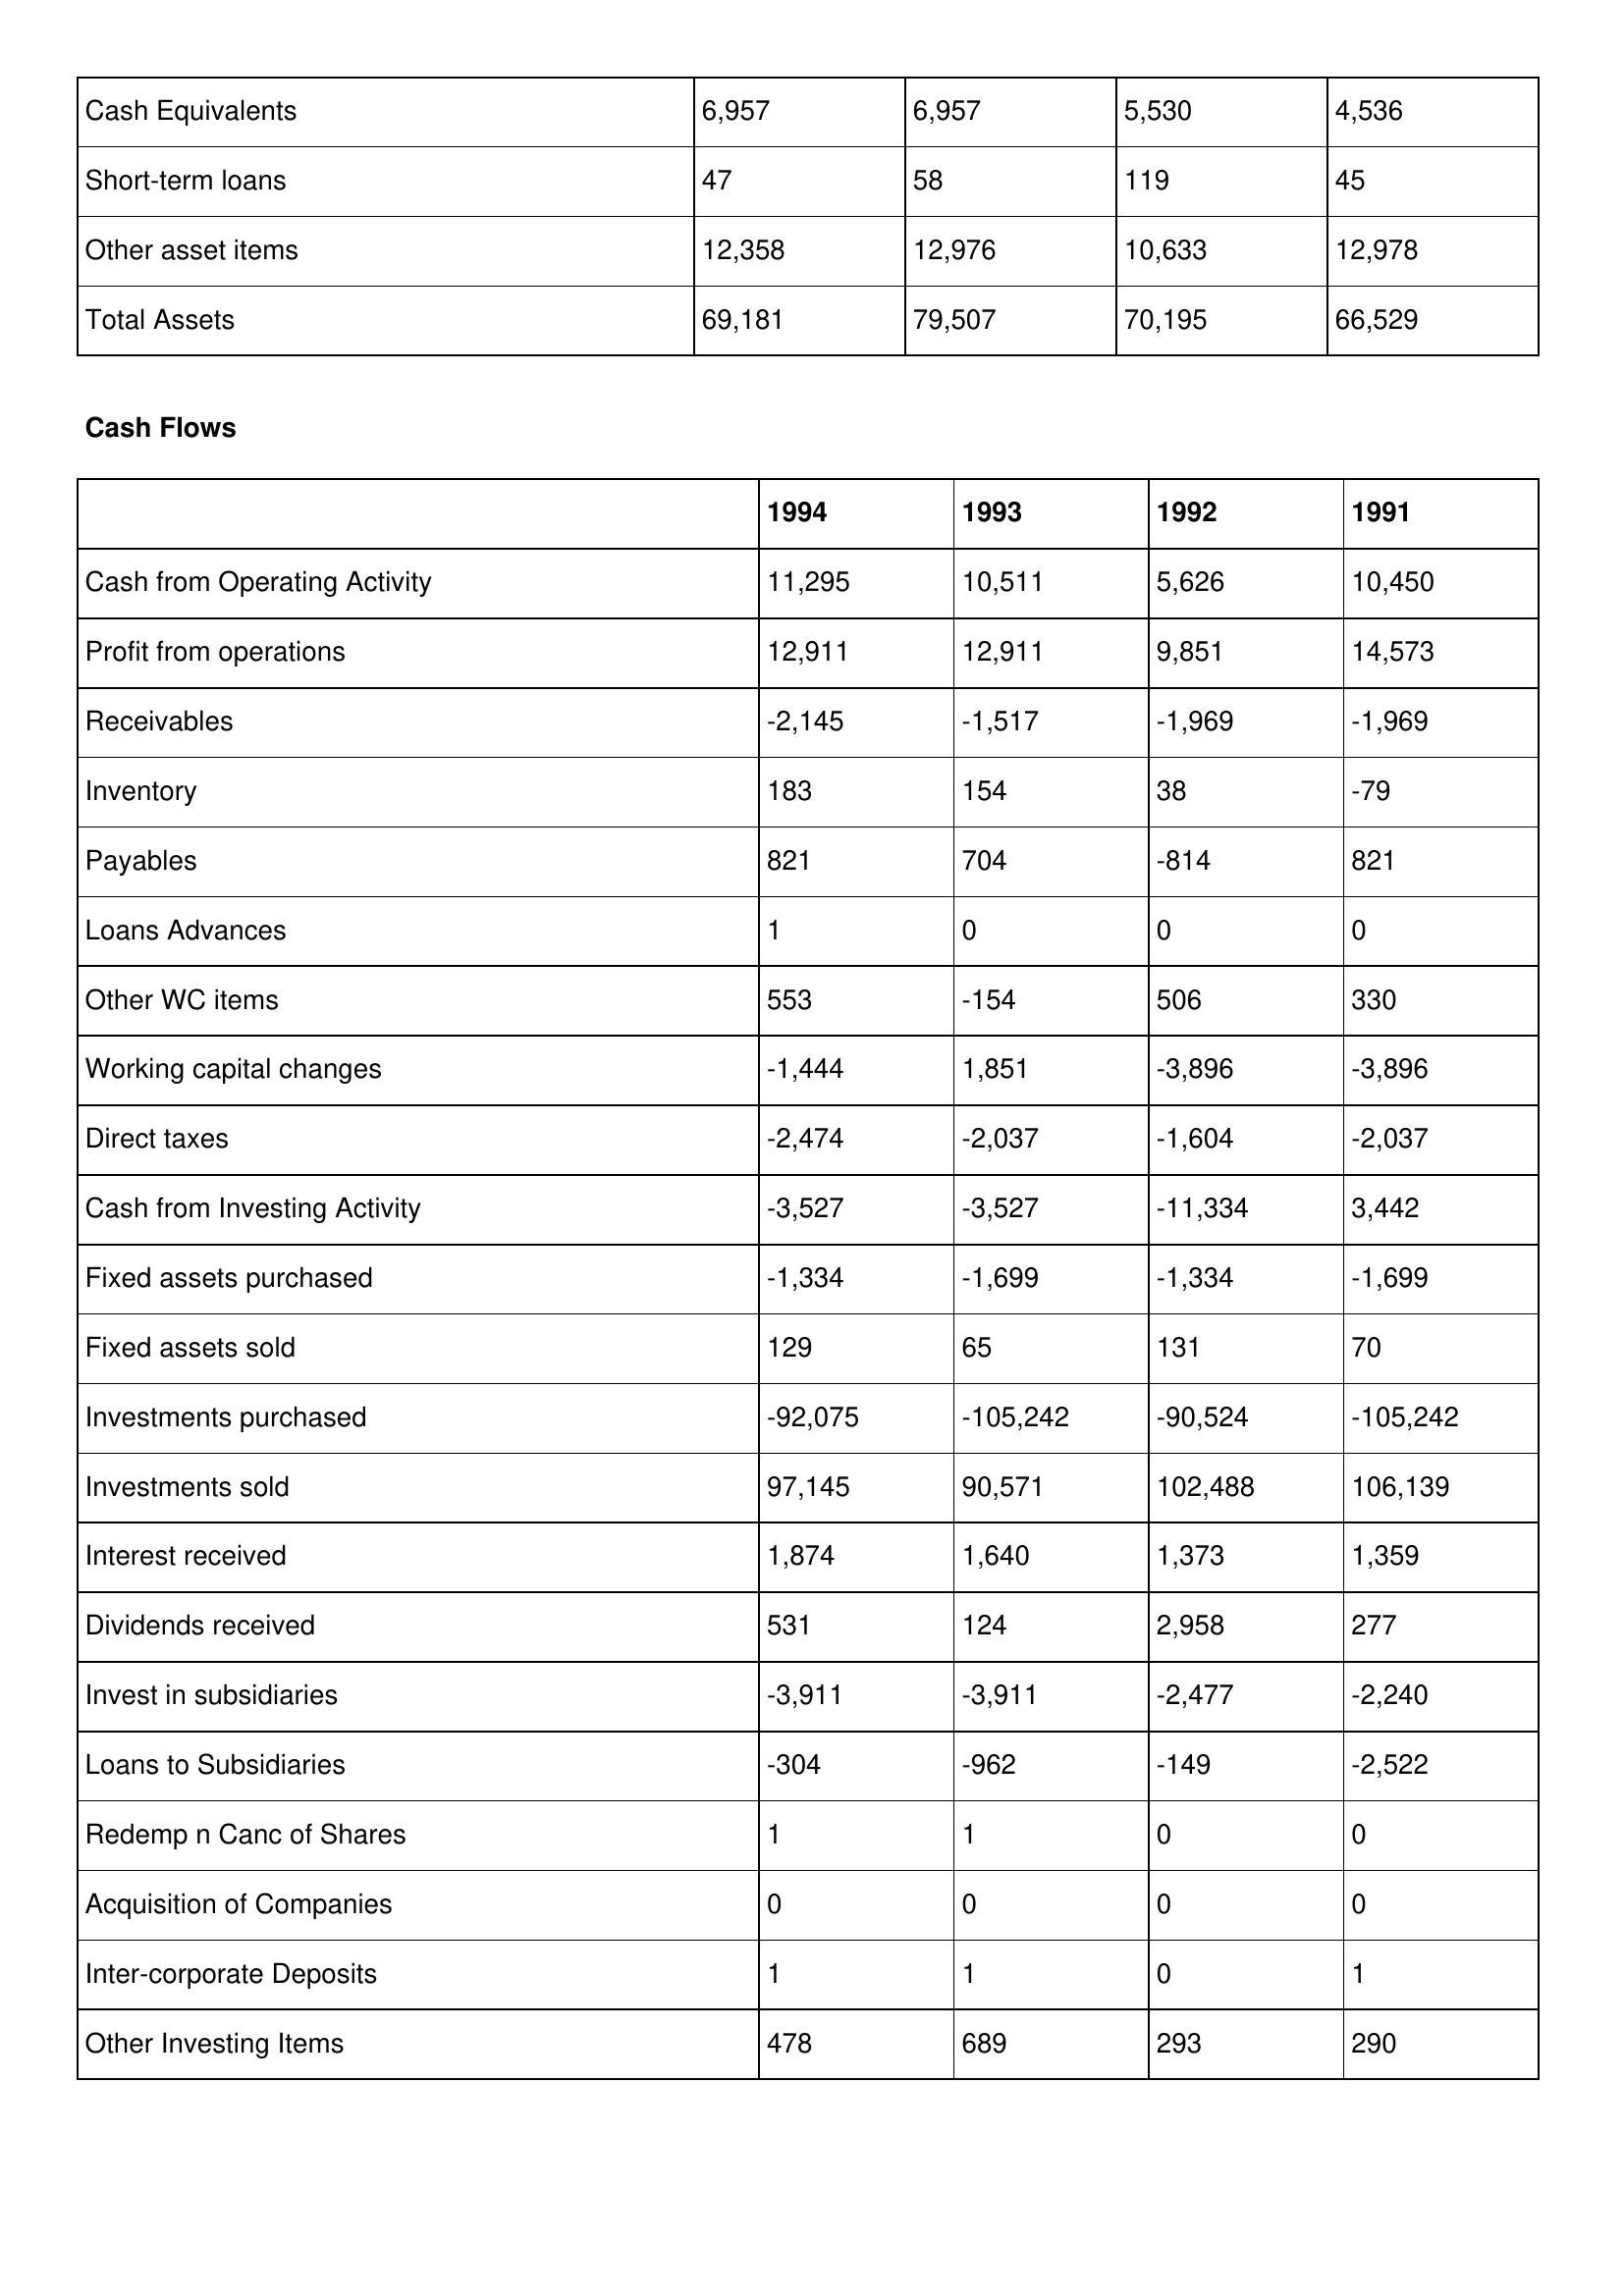
gt_parse: 1994: Balance Sheet: Cash Equivalents: 6,957
Short-term loans: 47
Other asset items: 12,358
Total Assets: 69,181
Cash Flows: Cash from Operating Activity: 11,295
Profit from operations: 12,911
Receivables: -2,145
Inventory: 183
Payables: 821
Loans Advances: 1
Other WC items: 553
Working capital changes: -1,444
Direct taxes: -2,474
Cash from Investing Activity: -3,527
Fixed assets purchased: -1,334
Fixed assets sold: 129
Investments purchased: -92,075
Investments sold: 97,145
Interest received: 1,874
Dividends received: 531
Invest in subsidiaries: -3,911
Loans to Subsidiaries: -304
Redemp n Canc of Shares: 1
Acquisition of Companies: 0
Inter-corporate Deposits: 1
Other Investing Items: 478
1993: Balance Sheet: Cash Equivalents: 6,957
Short-term loans: 58
Other asset items: 12,976
Total Assets: 79,507
Cash Flows: Cash from Operating Activity: 10,511
Profit from operations: 12,911
Receivables: -1,517
Inventory: 154
Payables: 704
Loans Advances: 0
Other WC items: -154
Working capital changes: 1,851
Direct taxes: -2,037
Cash from Investing Activity: -3,527
Fixed assets purchased: -1,699
Fixed assets sold: 65
Investments purchased: -105,242
Investments sold: 90,571
Interest received: 1,640
Dividends received: 124
Invest in subsidiaries: -3,911
Loans to Subsidiaries: -962
Redemp n Canc of Shares: 1
Acquisition of Companies: 0
Inter-corporate Deposits: 1
Other Investing Items: 689
1992: Balance Sheet: Cash Equivalents: 5,530
Short-term loans: 119
Other asset items: 10,633
Total Assets: 70,195
Cash Flows: Cash from Operating Activity: 5,626
Profit from operations: 9,851
Receivables: -1,969
Inventory: 38
Payables: -814
Loans Advances: 0
Other WC items: 506
Working capital changes: -3,896
Direct taxes: -1,604
Cash from Investing Activity: -11,334
Fixed assets purchased: -1,334
Fixed assets sold: 131
Investments purchased: -90,524
Investments sold: 102,488
Interest received: 1,373
Dividends received: 2,958
Invest in subsidiaries: -2,477
Loans to Subsidiaries: -149
Redemp n Canc of Shares: 0
Acquisition of Companies: 0
Inter-corporate Deposits: 0
Other Investing Items: 293
1991: Balance Sheet: Cash Equivalents: 4,536
Short-term loans: 45
Other asset items: 12,978
Total Assets: 66,529
Cash Flows: Cash from Operating Activity: 10,450
Profit from operations: 14,573
Receivables: -1,969
Inventory: -79
Payables: 821
Loans Advances: 0
Other WC items: 330
Working capital changes: -3,896
Direct taxes: -2,037
Cash from Investing Activity: 3,442
Fixed assets purchased: -1,699
Fixed assets sold: 70
Investments purchased: -105,242
Investments sold: 106,139
Interest received: 1,359
Dividends received: 277
Invest in subsidiaries: -2,240
Loans to Subsidiaries: -2,522
Redemp n Canc of Shares: 0
Acquisition of Companies: 0
Inter-corporate Deposits: 1
Other Investing Items: 290